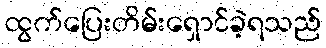
ထွက်ပြေးတိမ်းရှောင်ခဲ့ရသည်